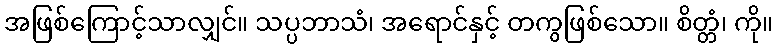
အဖြစ်ကြောင့်သာလျှင်။ သပ္ပဘာသံ၊ အရောင်နှင့် တကွဖြစ်သော။ စိတ္တံ၊ ကို။